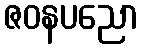
ဇဝနပညော